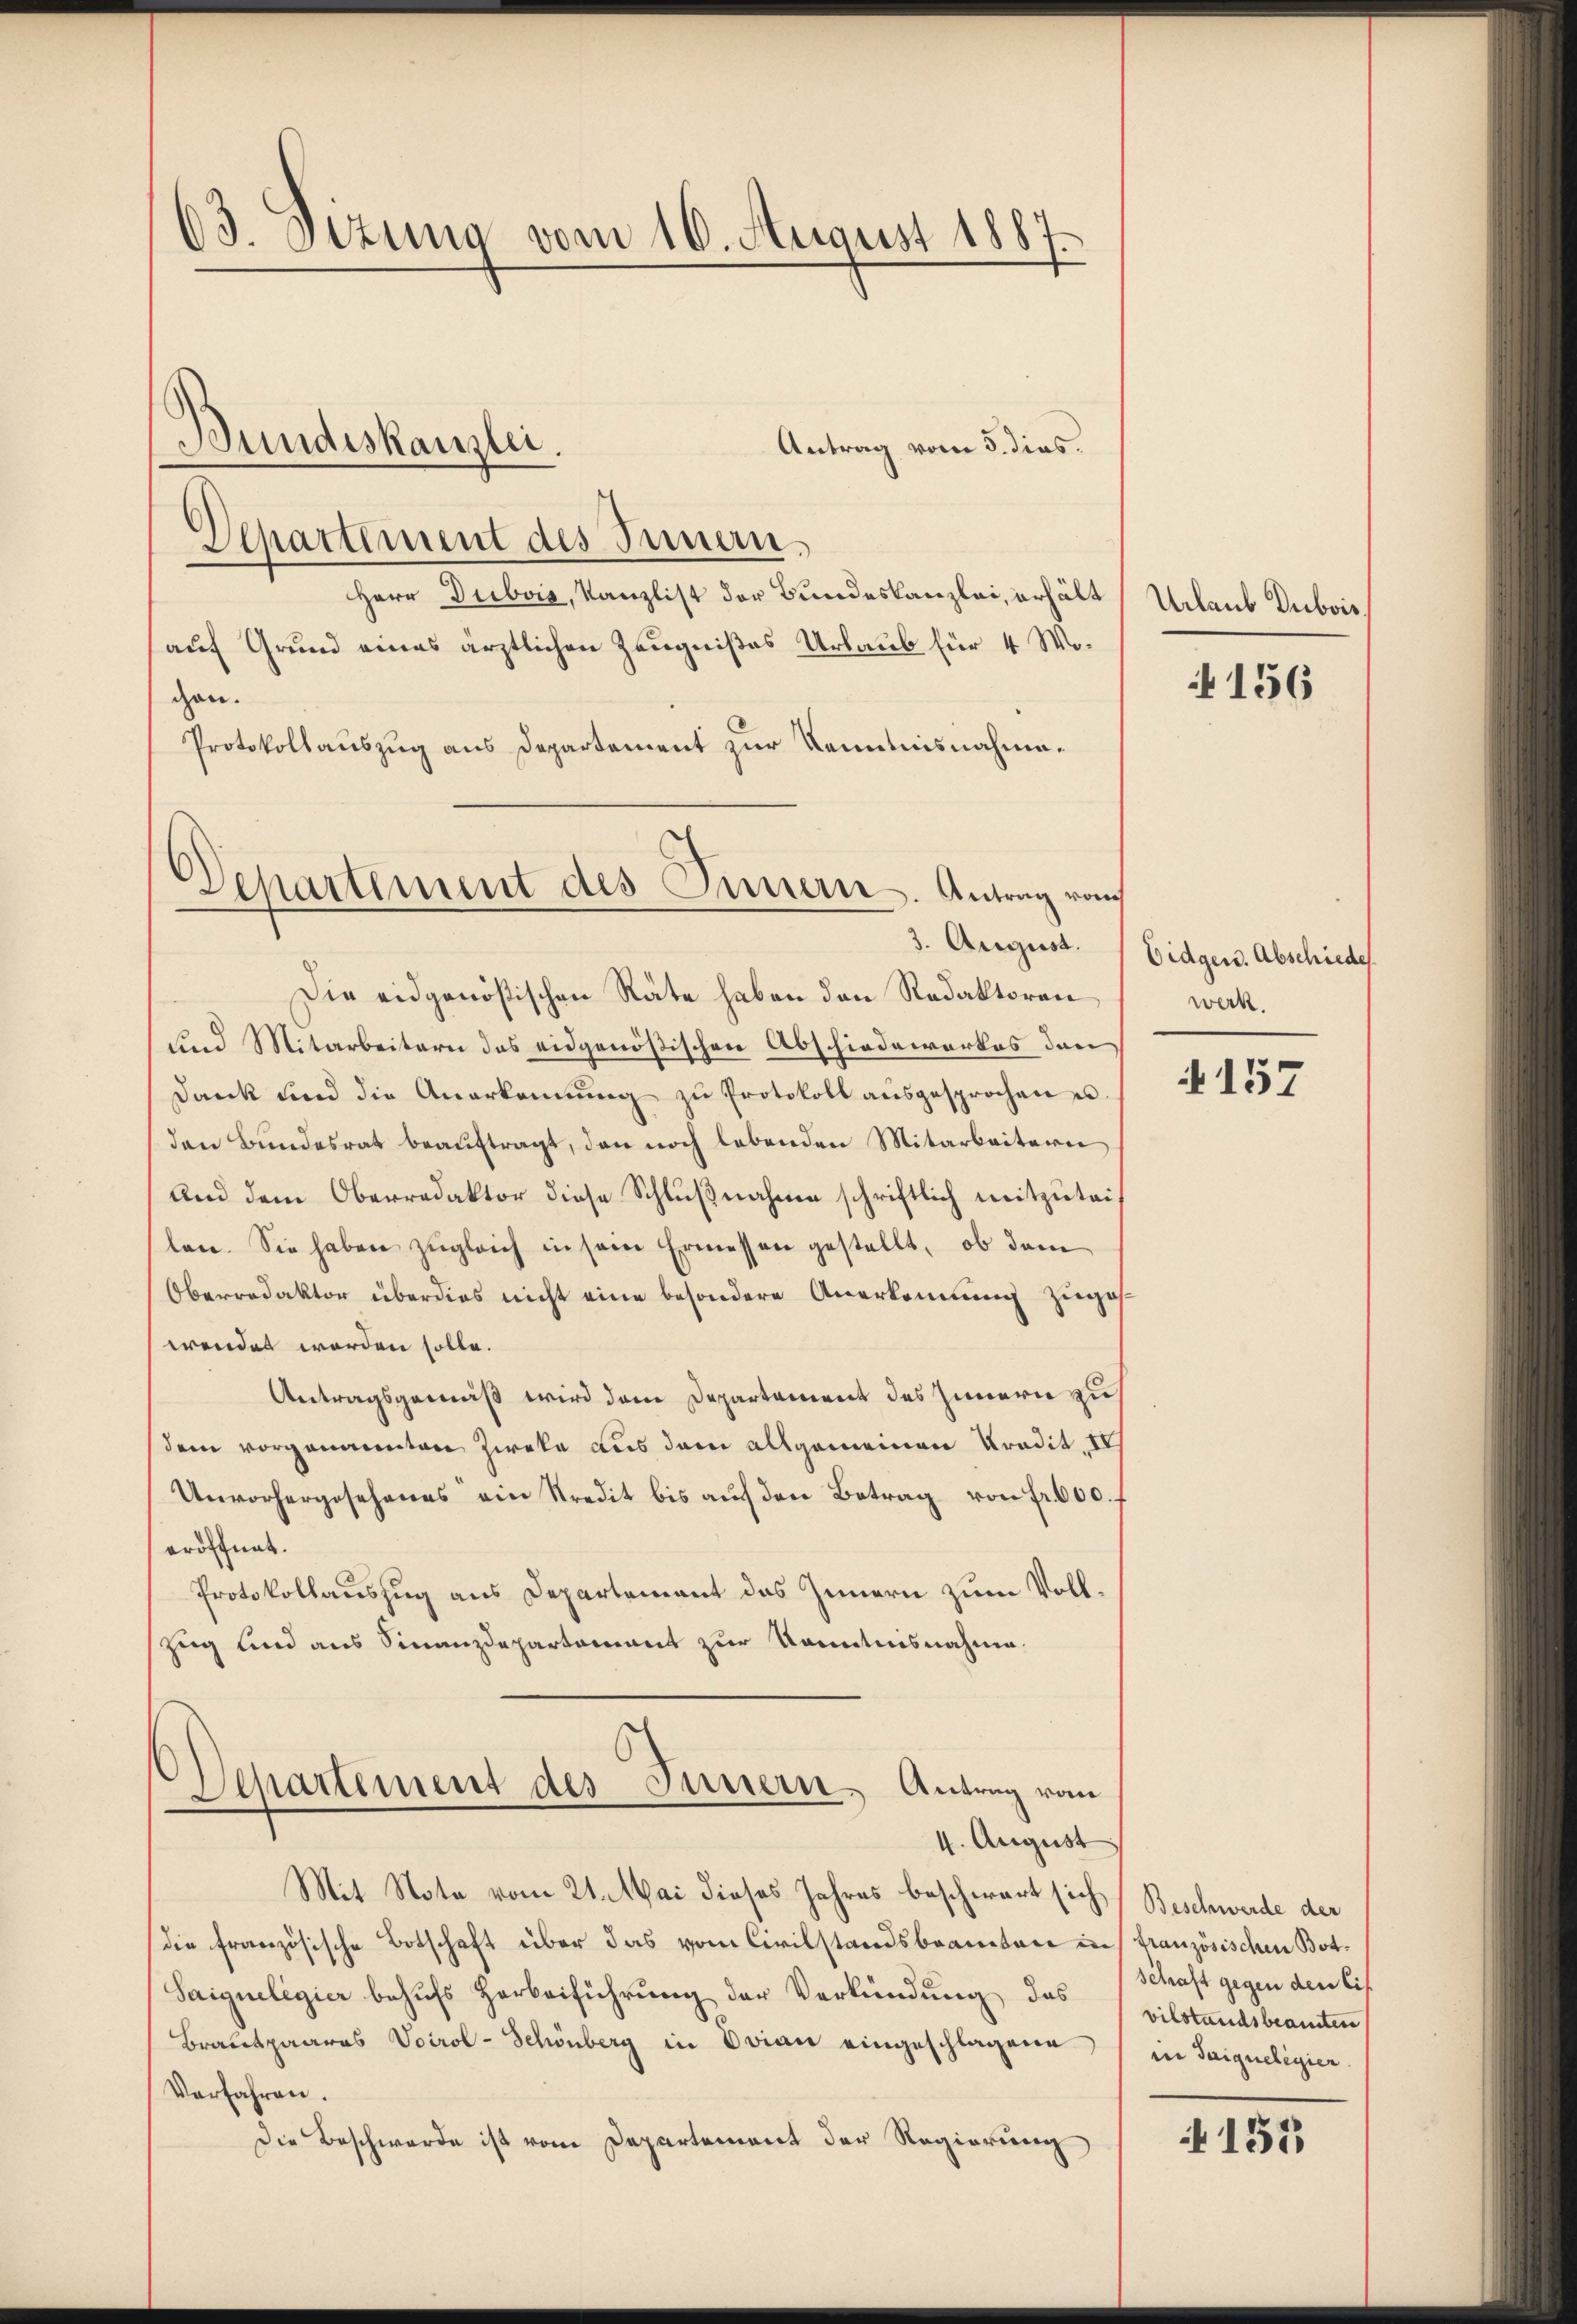
63. Sizung vom 10. August 1887.

Departement des Innen,
Herr Dubois, Kanzlist der Bundeskanzlei, erhält
auf Grund eines ärztlichen Zeugnißes Urlaub für 4 Wogen.
Protokollauszug aus Departement zur Kenntnisnahme¬
Departement des Innern. Antrag vo

Bundeskanzlei.

Die eidgenößischen Räte haben den Redaktoren
und Mitarbeitern des eidgenößischen Abschiedewerkes den
Dank und die Anerkannŭng zŭ Protokoll aŭsgesprochen u
den Bundesrat beauftragt, den noch lebenden Mitarbeitern
Und dem Oberredaktor diese Schlußnahme schriftlich mitzuteilen. Sie haben zugleich in seine Ermessen gestellt, ob dem
Oberredaktor überdies nicht eine besondere Anerkennung zugest
wendet worden solle.
Antragsgemäß wird dem Departement des Innern zu
dem vorgenannten Zweke aus dem allgemeinen Tradit. IV
Unvorhergesehenes ein Kredit bis auf den Betrag von Fr. 600.
eröffnet.
Protokollauszug aus Departement das Innern zum Voll¬
Zug und aus Finanzdepartament zur Kenntnisnahme.
O
Departement des Innern, Antrag vom
4. August
Mit Note vom 21. Mai dieses Jahres beschwart sich Beschwerde der
die französische Botschaft über das vom Civilstandsbraucten ins französischen Bot¬
Saigueligier behufs Herbeiführung der Verkündung das
Brautpaares Voirol-Schönberg in Ovian eingeschlagene (in Saiqueligier.
Verfahren.
Die Beschwerde ist vom Departement der Regierung

Antrag vom 5. dies

Urlaub Dubois

156

3. August. Eidgen. Abschiede
werk.

157

Schaft gegen den Eis
vilstandsbeamten

155